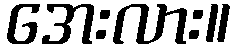
အေးလား။